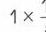
\(1\times -\)